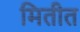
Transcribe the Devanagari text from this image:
मितीत